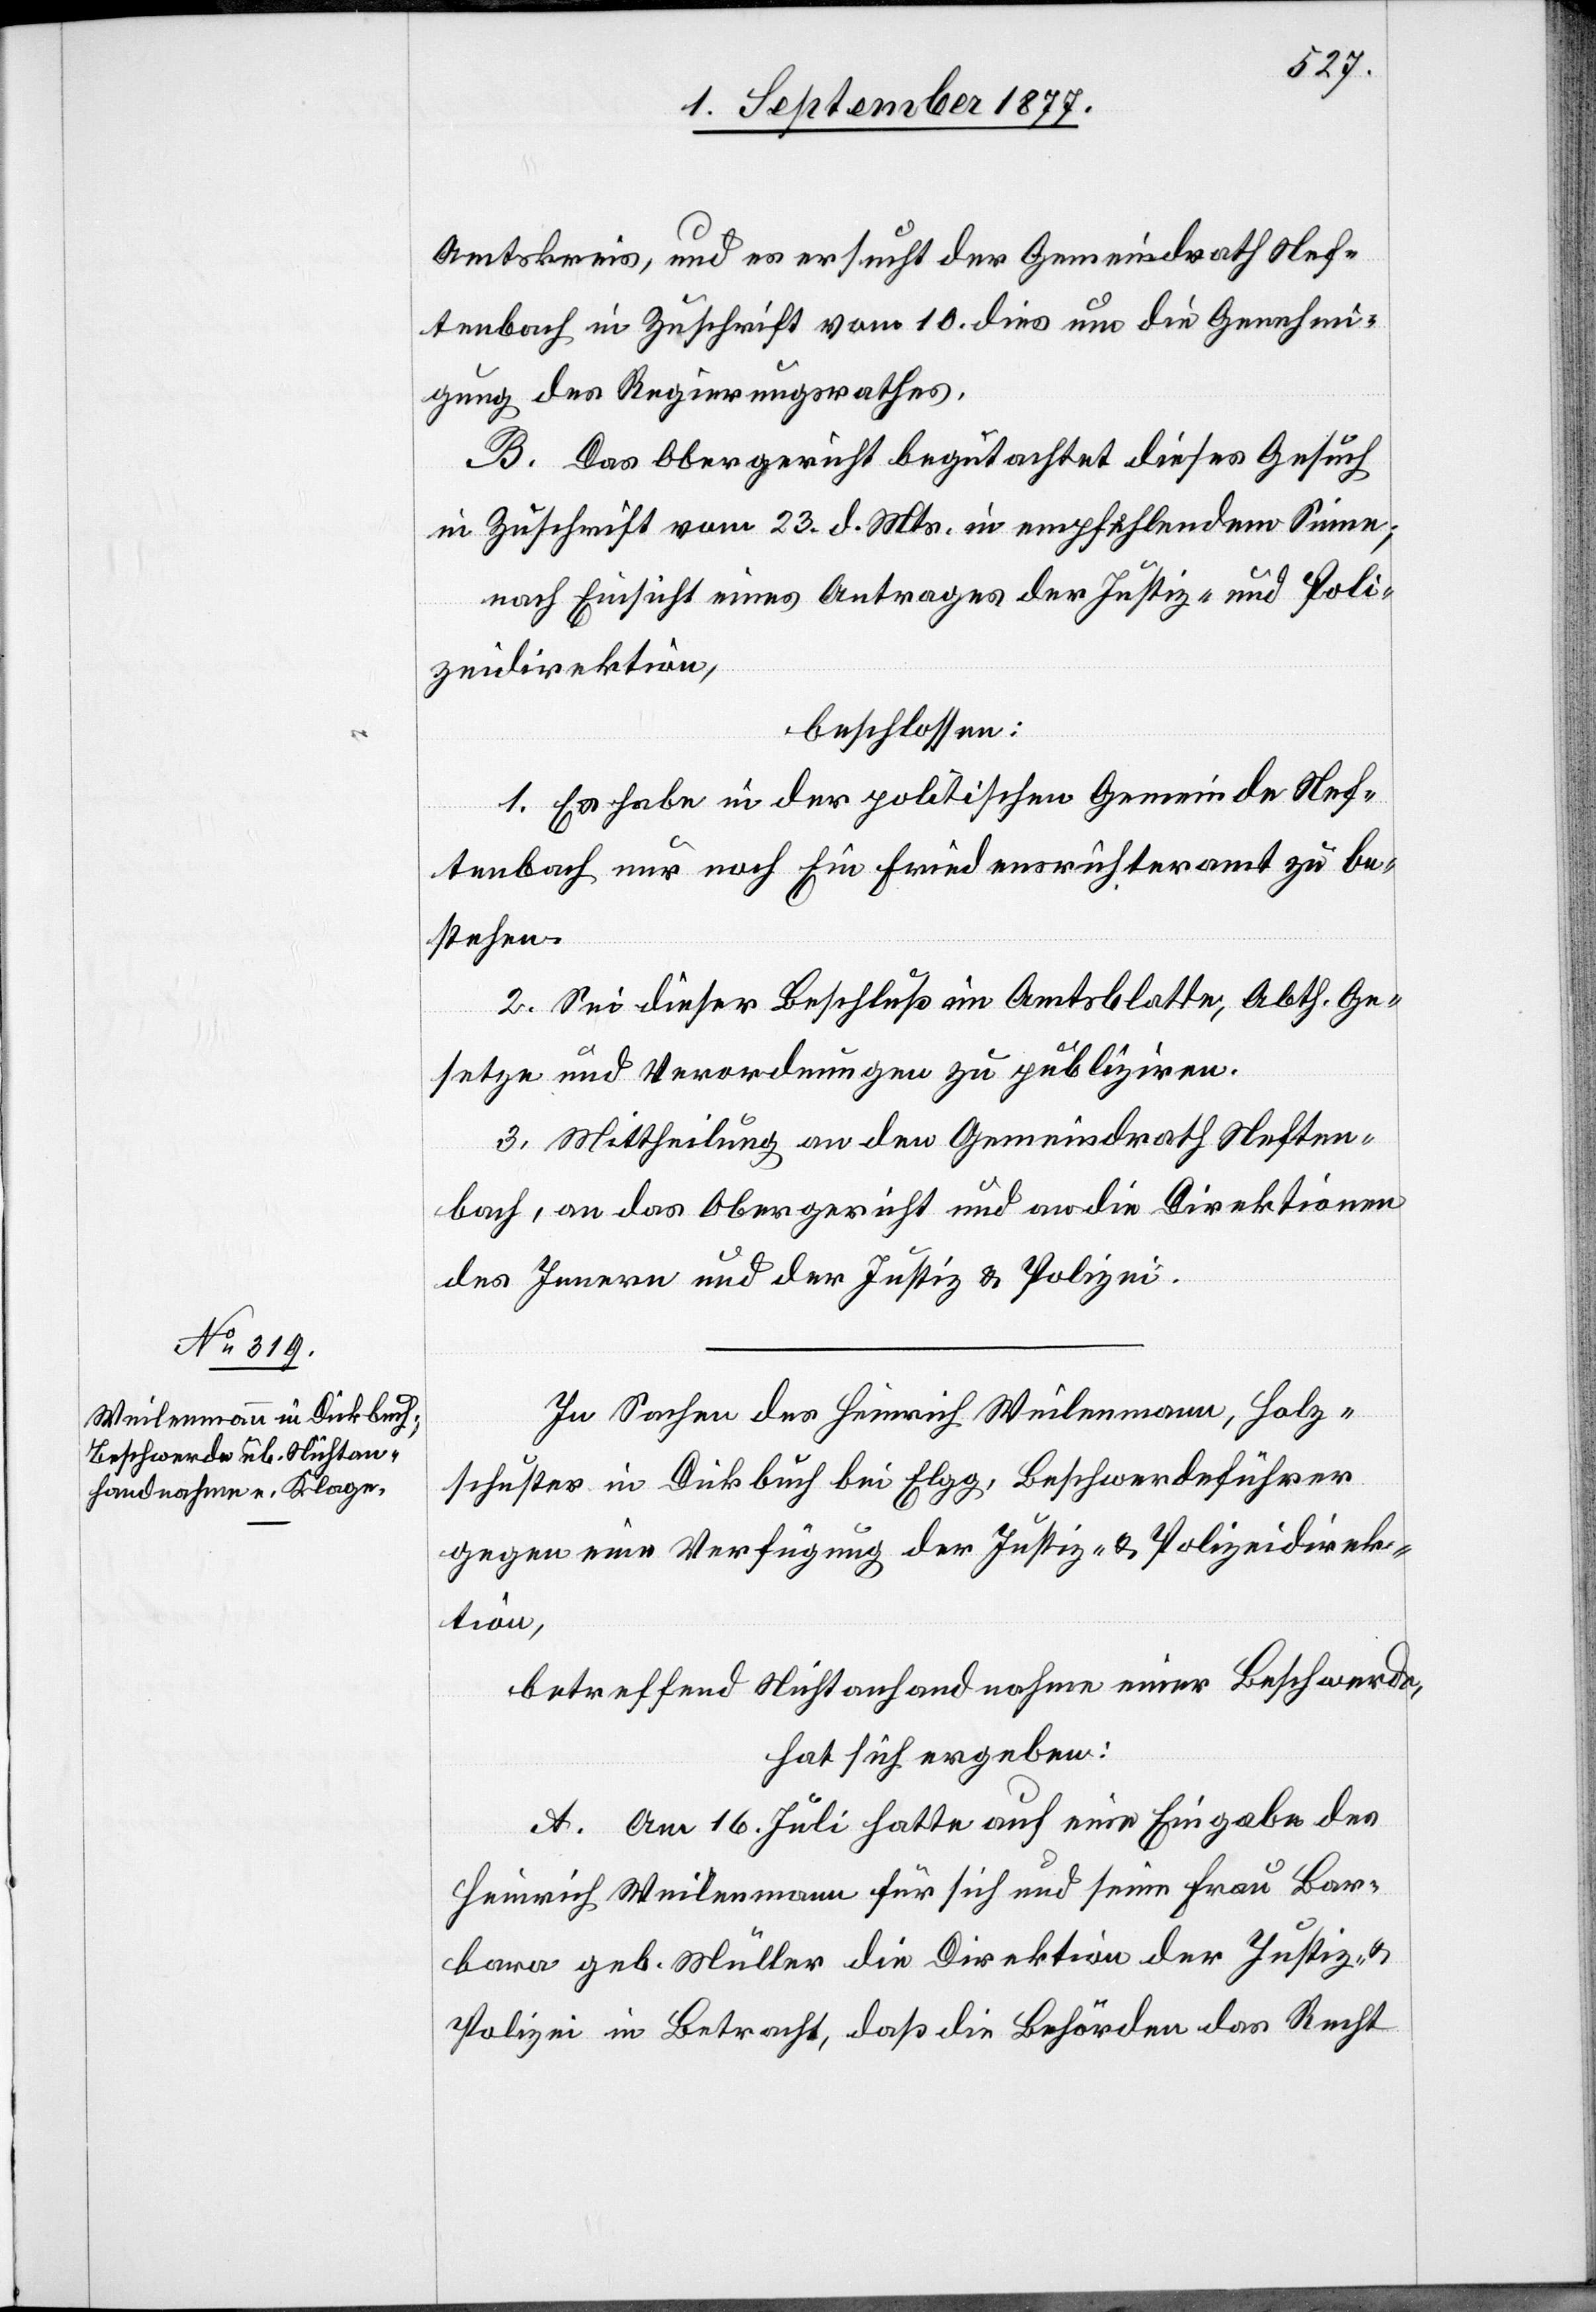
Amtskreis, und es ersucht der Gemeindrath Nef¬
tenbach in Zuschrift vom 10. dies um die Genehmi¬
gung des Regierungsrathes.
B. Das Obergericht begutachtet dieses Gesuch
in Zuschrift vom 23. d. Mts. in empfehlendem Sinne;
nach Einsicht eines Antrages der Justiz- und Poli¬
zeidirektion,
beschlossen:
1. Es habe in der politischen Gemeinde Nef¬
tenbach nur noch Ein Friedensrichteramt zu be¬
stehen.
2. Sei dieser Beschluß im Amtsblatte, Abth. Ge¬
setze und Verordnungen zu publiziren.
3. Mittheilung an den Gemeindrath Neften¬
bach, an das Obergericht und an die Direktionen
des Innern und der Justiz & Polizei.
In Sachen des Heinrich Weilenmann, Holz¬
schuster in Dickbuch bei Elgg, Beschwerdeführer
gegen eine Verfügung der Justiz- & Polizeidirek¬
tion,
betreffend Nichtanhandnahme einer Beschwerde,
hat sich ergeben:
A. Am 16. Juli hatte auf eine Eingabe des
Heinrich Weilenmann für sich und seine Frau Bar¬
bara geb. Müller die Direktion der Justiz- &
Polizei in Betracht, daß die Behörden das Recht